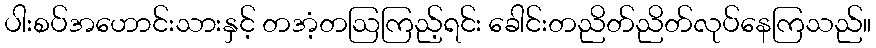
ပါးစပ်အဟောင်းသားနှင့် တအံ့တဩကြည့်ရင်း ခေါင်းတညိတ်ညိတ်လုပ်နေကြသည်။